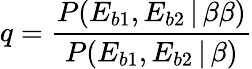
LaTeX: q=\frac{P(E_{b1},E_{b2}\, |\, \beta\beta)}{P(E_{b1},E_{b2}\, |\, \beta)}